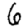
Digit: 6